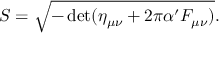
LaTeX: S = \sqrt { - \operatorname * { d e t } ( \eta _ { \mu \nu } + 2 \pi \alpha ^ { \prime } F _ { \mu \nu } ) } .